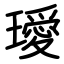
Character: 璦